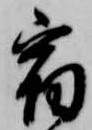
宿